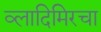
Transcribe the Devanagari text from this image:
व्लादिमिरचा